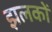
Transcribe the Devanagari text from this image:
झलकों